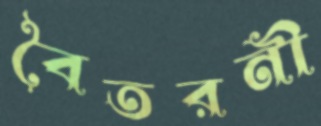
বৈতরনী